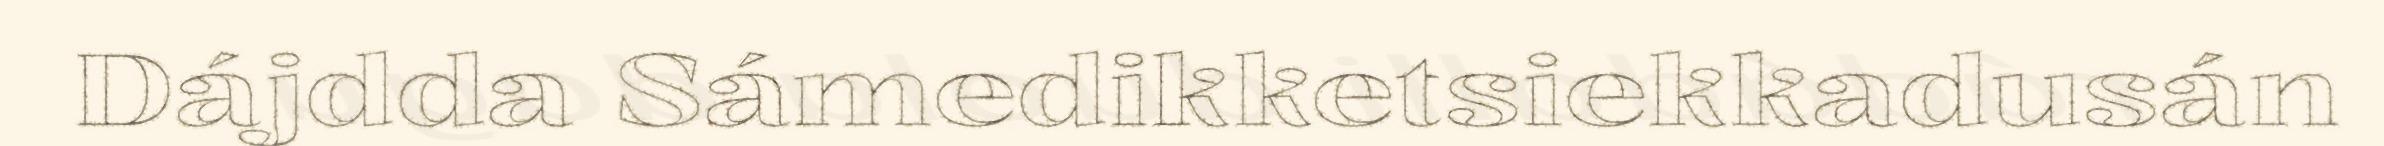
Dájdda Sámedikketsiekkadusán